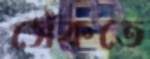
সেঁকতে